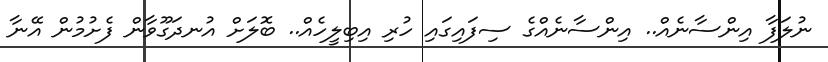
ނުލަފާ އިންސާނެއް.. އިންސާނެއްގެ ސިފައިގައި ހުރި އިބިލީހެއް.. ބޮލަށް އުނދަގޫވާން ފެށުމުން އޭނާ